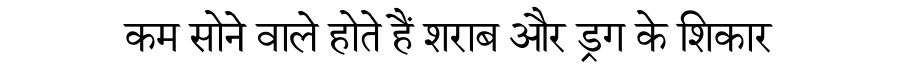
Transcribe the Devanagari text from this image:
कम सोने वाले होते हैं शराब और ड्रग के शिकार